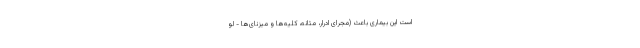
است این بیماری باعث (مجرای ادرار، مثانه، کلیه‌ها و میزنای‌ها - لو